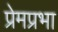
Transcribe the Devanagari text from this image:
प्रेमप्रभा